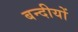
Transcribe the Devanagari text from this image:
बन्दीयों